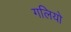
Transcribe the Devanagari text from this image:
गलियो